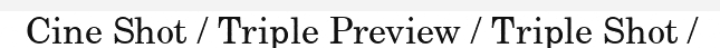
Cine Shot / Triple Preview / Triple Shot /